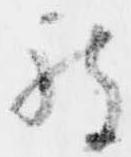
被